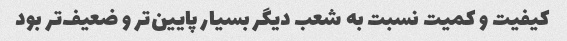
کیفیت و کمیت نسبت به شعب دیگر بسیار پایین‌تر و ضعیف‌تر بود